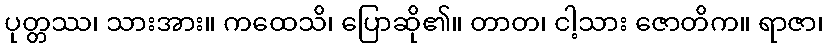
ပုတ္တဿ၊ သားအား။ ကထေသိ၊ ပြောဆို၏။ တာတ၊ ငါ့သား ဇောတိက။ ရာဇာ၊